Report on vaccination North-West Frontier Province 1904-1922 - 1904-1922
Year: 1904
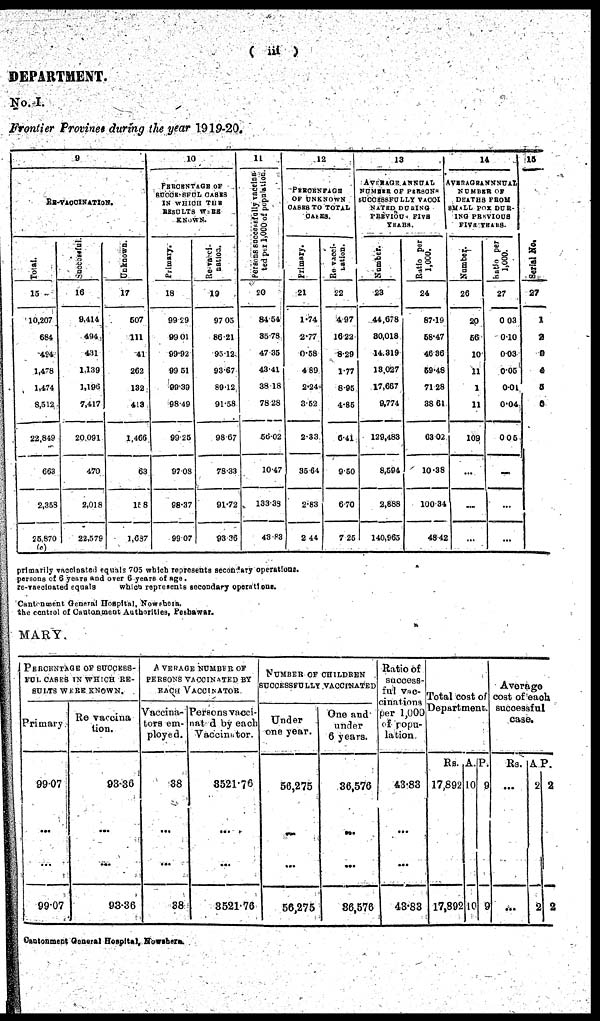
( iii )
DEPARTMENT.
No.I.
Frontier Province during the year 1919-20.
9
RE-VACCINATION.
Total.
15
10,207
684
424
1,478
1,474
8,512
22,849
662
2,353
25,870
(c)
Successful.
16
9,414
494
431
1,139
1,196
7,417
20,091
470
2,018
22,579
Unknown.
17
507
111
41
262
132
413
1,466
63
158
1,687
10
PERCENTAGE OF
SUCCESSFUL CASES
IN WHICH THE
RESULTS WERE
KNOWN.
Primary.
18
99.29
99.01
99.92
99.51
99.39
98.49
99.25
97.08
98.37
99.07
Re-vacci¬
nation.
19
97.05
86.21
95.12
93.67
89.12
91.58
98.67
78.33
91.72
93.35
11
Persons successfully vaccina¬
ted per 1,000 of population.
20
84.54
35.78
47.35
43.41
38.18
78.28
56.02
10.47
133.38
43.83
12
PERCENTAGE
OF UNKNOWN
CASES TO TOTAL
CASES.
Primary.
21
1.74
2.77
0.58
4.89
2.24
3.52
2.33
35.64
2.83
2.44
Re-vacci¬
nation.
22
4.97
16.22
8.29
1.77
8.95
4.85
6.41
9.50
6.70
7.25
13
AVERAGE ANNUAL
NUMBER OF PERSONS
SUCCESSFULLY VACCI¬
NATED DURING
PREVIOUS FIVE
YEARS.
Number.
23
44,678
30,018
14,319
13,027
17,667
9,774
129,483
8,594
2,888
140,965
Ratio per
1,000.
24
87.19
58.47
46.36
59.48
71.28
38.61
63.02
10.38
100.34
48.42
14
AVERAGE ANNNUAL
NUMBER OF
DEATHS FROM
SMALL POX DUR¬
ING PREVIOUS
FIVE YEARS.
Number.
25
20
56
10
11
1
11
109
...
...
...
Ratio per
1,000.
26
0.03
0.10
0.03
0.05
0.01
0.04
0.05
...
...
...
15
Serial No.
27
1
2
3
4
5
6
primarily vaccinated equals 705 which represents secondary operations.
persons of 6 years and over 6 years of age.
re-vaccinated equals
which represents secondary operations.
Cantonment General Hospital, Nowshera.
the control of Cantonment Authorities, Peshawar.
MARY.
PERCENTAGE OF SUCCESS¬
FUL CASES IN WHICH RE-
SULTS WERE KNOWN.
Primary.
99.07
...
...
99.07
Re-vaccina¬
tion.
93.36
...
...
93.36
AVERAGE NUMBER OF
PERSONS VACCINATED BY
EACH VACCINATOR
Vaccina¬
tors em-
ployed.
38
...
...
38
Persons vacci¬
nated by each
Vaccinator.
3521.76
...
...
3521.76
NUMBER OF CHILDREN
SUCCESSFULLY VACCINATED
Under
one year.
56,275
...
...
56,275
One and
under
6 years.
36,576
...
...
36,576
Ratio of
success-
ful vac-
cinations
per 1,000
of popu-
lation.
43.83
...
...
43.83
Total cost of
Department.
Rs.
17,892
...
...
17,892
A.
10
...
...
10
P.
9
...
...
9
Average
cost of each
successful
case.
Rs.
...
...
...
...
A.
2
...
...
2
P.
2
...
...
2
Cantonment General Hospital, Nowshera.